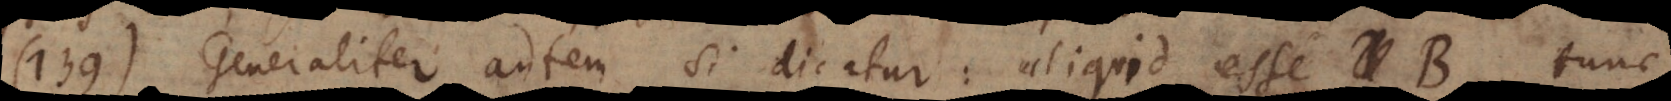
139) Generaliter autem si dicatur: aliquid esse B, tunc